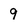
Character: 9